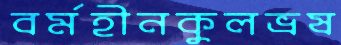
বর্মহীনকুলভ্রষ